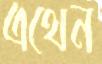
এথেন